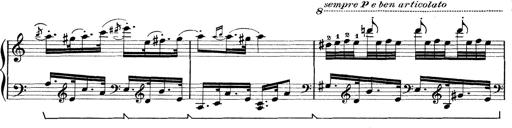
Title: Rapsodie: 19 ungheresi, 1 spagnuola
Composer: Franz Liszt